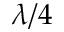
\lambda / 4